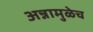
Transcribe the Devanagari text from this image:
अन्नामुळेच